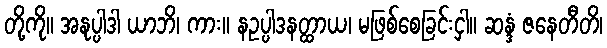
တို့ကို။ အနုပ္ပါဒါ ယာဘိ၊ ကား။ နဥပ္ပါဒနတ္ထာယ၊ မဖြစ်စေခြင်းငှါ။ ဆန္ဒံ ဇနေတီတိ၊